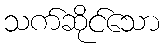
သက်ဆိုင်သော